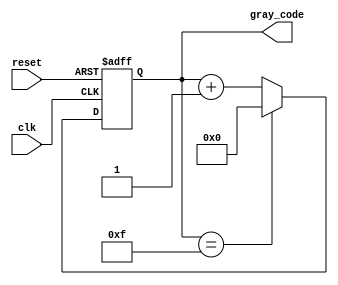
module GrayCodeCounter (
    input wire clk,
    input wire reset,
    output reg [n-1:0] gray_code
);

parameter n = 4; // Number of bits for the Gray code counter

always @(posedge clk or posedge reset) begin
    if (reset) begin
        gray_code <= 0;
    end else begin
        if (gray_code == (2**n - 1)) begin
            gray_code <= 0;
        end else begin
            gray_code <= gray_code + 1;
        end
    end
end

endmodule